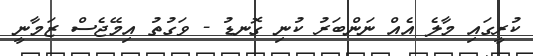
ކުރީގައި މާލެ އެއް ނަންބަރު ކުނި ގޮނޑު - ވަގުތު އިމޭޖެސް ޒަމާނީ